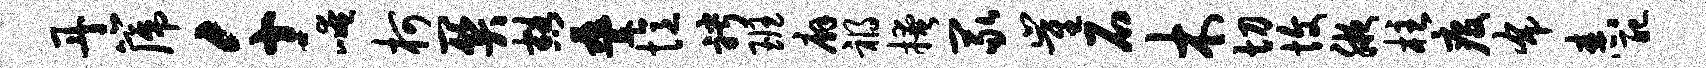
丹篪千崦柯关豁叠忆聘班廨祸掩冢崔石木切愎腋柱疫布舂配